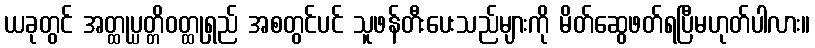
ယခုတွင် အတ္ထုပ္ပတ္တိဝတ္ထုရှည် အစတွင်ပင် သူဖန်တီးပေးသည်များကို မိတ်ဆွေဖတ်ရပြီမဟုတ်ပါလား။